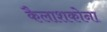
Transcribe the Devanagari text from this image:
कैलाशकोना